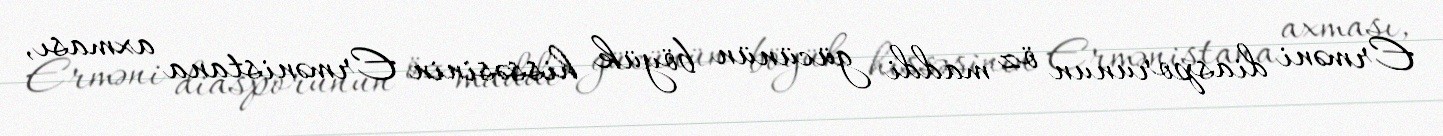
Erməni diasporunun öz maddi gücünün böyük hissəsinin Ermənistana axması,